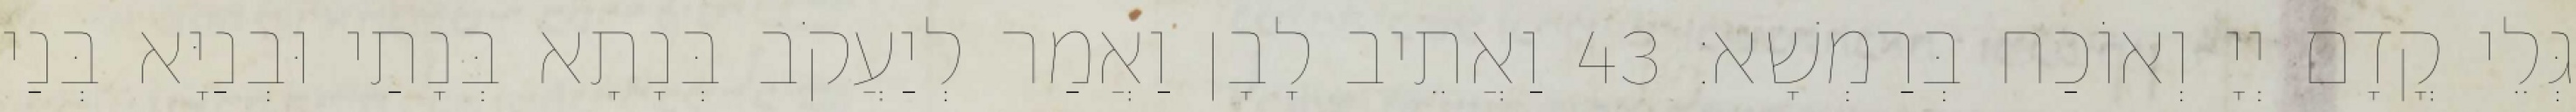
גְּלֵי קֳדָם יְיָ וְאוֹכַח בְּרַמְשָׁא׃ 43 וַאֲתֵיב לָבָן וַאֲמַר לְיַעֲקֹב בְּנָתָא בְּנָתַי וּבְנַיָּא בְּנַי